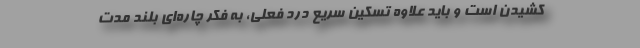
کشیدن است و باید علاوه تسکین سریع درد فعلی، به فکر چاره‌ای بلند مدت